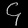
Digit: ၄